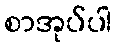
စာအုပ်ပါ